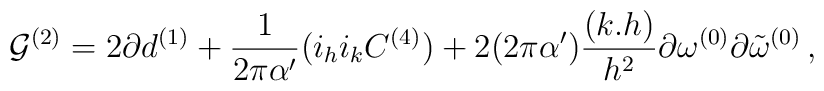
{\cal G}^{(2)}=2\partial d^{(1)}+\frac{1}{2\pi\alpha^\prime}(i_h i_k C^{(4)})+2(2\pi\alpha^\prime)\frac{(k.h)}{h^2}\partial\omega^{(0)}\partial{\tilde \omega}^{(0)}\, ,